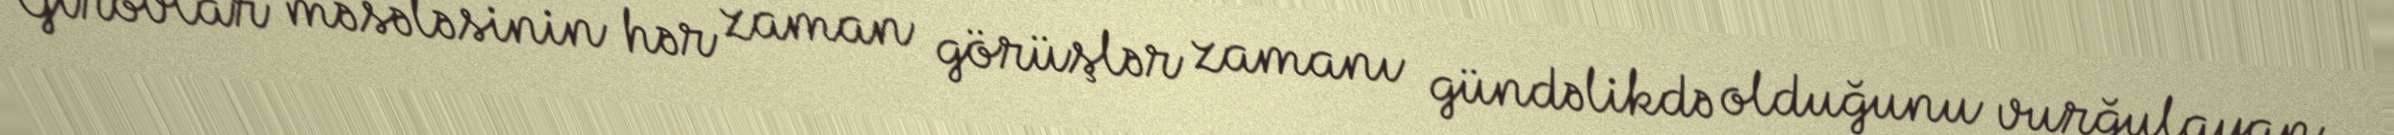
Girovlar məsələsinin hər zaman görüşlər zamanı gündəlikdə olduğunu vurğulayan